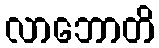
လာဘောတိ